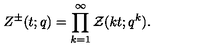
Z ^ { \pm } ( t ; q ) = \prod _ { k = 1 } ^ { \infty } { \cal Z } ( k t ; q ^ { k } ) .